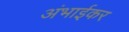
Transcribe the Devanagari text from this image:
अंभाईकर